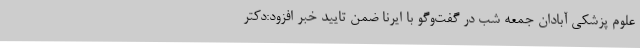
علوم پزشکی آبادان جمعه شب در گفت‌وگو با ایرنا ضمن تایید خبر افزود:دکتر